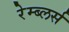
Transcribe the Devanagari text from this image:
रेम्ब्लर्स